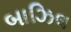
બાઝિલ